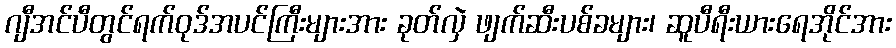
ဂျီအင်ပီတွင်ရက်ဝုဒ်အပင်ကြီးများအား ခုတ်လှဲ ဖျက်ဆီးပစ်ခများ၊ ဆူပီရီးယားရေအိုင်အား